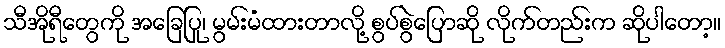
သီအိုရီတွေကို အခြေပြု၊ မွမ်းမံထားတာလို့ စွပ်စွဲပြောဆို လိုက်တည်းက ဆိုပါတော့။